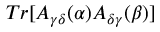
T r [ A _ { \gamma \delta } ( \alpha ) A _ { \delta \gamma } ( \beta ) ]